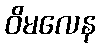
ဝိမလေန